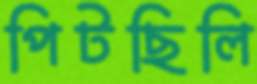
পিটছিলি